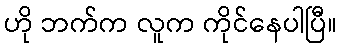
ဟို ဘက်က လူက ကိုင်နေပါပြီ။